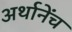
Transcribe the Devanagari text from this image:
अर्थानेंच